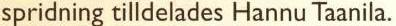
spridning tilldelades Hannu Taanila.